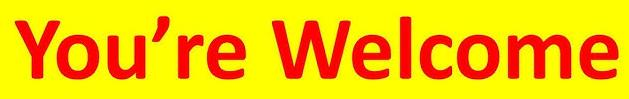
You're Welcome